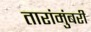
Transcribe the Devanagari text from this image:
तारांमुंबरी